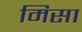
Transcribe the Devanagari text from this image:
मिसा